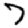
Digit: 7